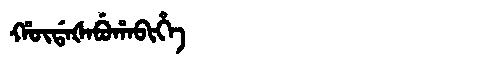
Manchu: ᡥᡡᡩᠠᡧᠠᠪᡠᡥᠠᠪᡳᡥᡝ
Romanization: HŪDAŠABUHABIHE